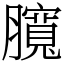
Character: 臗